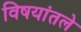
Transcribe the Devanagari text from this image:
विषयांतले